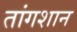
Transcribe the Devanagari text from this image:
तांगशान